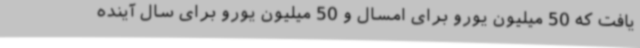
یافت که 50 میلیون یورو برای امسال و 50 میلیون یورو برای سال آینده